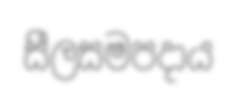
සීලසමපදාය